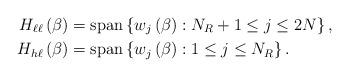
LaTeX: \begin{align*}H_{\ell\ell}\left( \beta\right) & =\operatorname*{span}\left\{w_{j}\left( \beta\right) :N_{R}+1\leq j\leq2N\right\} ,\\H_{h\ell}\left( \beta\right) & =\operatorname*{span}\left\{ w_{j}\left(\beta\right) :1\leq j\leq N_{R}\right\} .\end{align*}